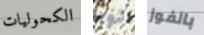
الكحوليات تود بالفوز